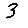
Digit: 3